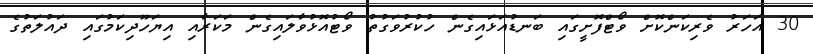
30 އަހަރު ވެރިކަންކޮށް ވޯޓްފޮށީގައި ބަނޑުއަޅައިގެން ހުކުރުވަގުތު ވޯޓުއޮޅުވާލައިގެން މަކަރާއި އިޔަހޫދިކަމުގައި ދައުލަތުގެ